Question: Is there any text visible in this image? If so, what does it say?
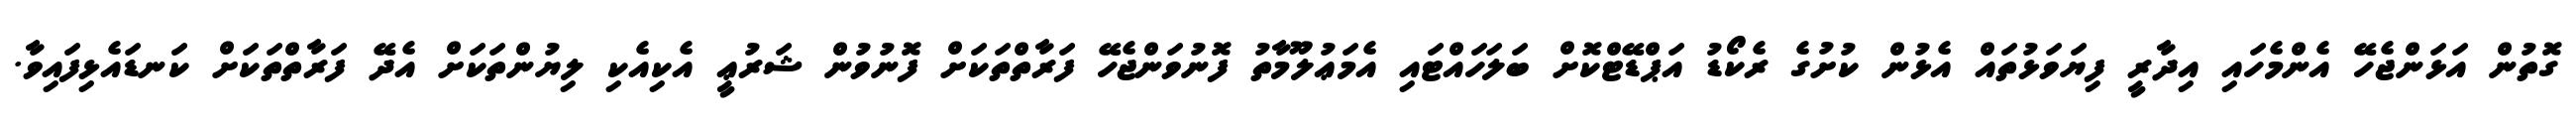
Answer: ގޮތުން އަޅަންޖެހޭ އެންމެހައި އިދާރީ ފިޔަވަޅުތައް އެޅުން ކުށުގެ ރެކޯޑު އަޕްޑޭޓްކޮށް ބަލަހައްޓައި އެމަޢުލޫމާތު ފޮނުވަންޖެހޭ ފަރާތްތަކަށް ފޮނުވުން ޝަރުޢީ އެކިއެކި ލިޔުންތަކަށް އެދޭ ފަރާތްތަކަށް ކަނޑައެޅިފައިވާ.